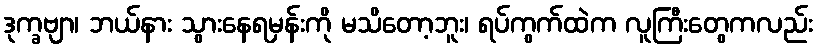
ဒုက္ခဗျာ၊ ဘယ်နား သွားနေရမှန်းကို မသိတော့ဘူး၊ ရပ်ကွက်ထဲက လူကြီးတွေကလည်း